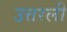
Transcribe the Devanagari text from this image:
उत्तरली